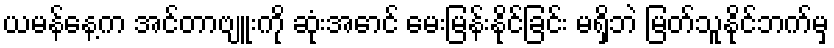
ယမန်နေ့က အင်တာဗျူးကို ဆုံးအောင် မေးမြန်းနိုင်ခြင်း မရှိဘဲ မြတ်သူနိုင်ဘက်မှ